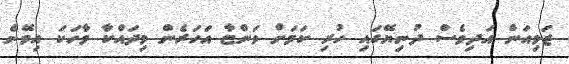
ޒަވިއަން އަދިވެސް ދުނިޔޭގައި ހުރި ކަމަށް ވަންޏާ އަހަރެން މިދައްކާ ވާހަކަ އިވޭނެ